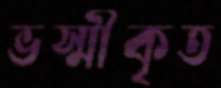
ভস্মীকৃত